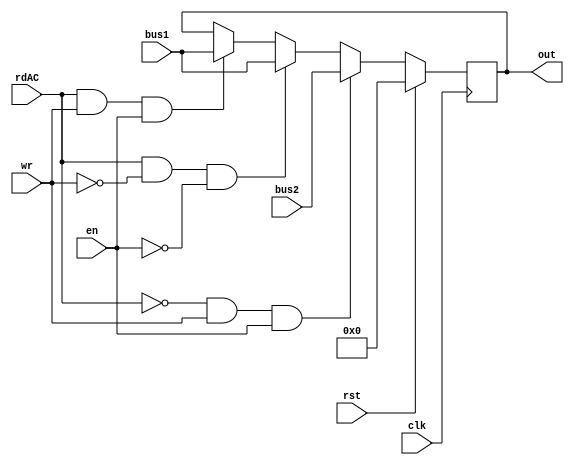
`timescale 1ns / 1ps
//////////////////////////////////////////////////////////////////////////////////
// Company: 
// Engineer: 
// 
// Design Name: 
// Module Name:    Rb 
// Project Name: 
// Target Devices: 
// Tool versions: 
// Description: 
//
// Dependencies: 
//
// Revision: 
// Revision 0.01 - File Created
// Additional Comments: 
//
//////////////////////////////////////////////////////////////////////////////////
module Rb(rdAC,wr,rst,en,clk,bus1,bus2,out
    );
input wr,en,rst,rdAC;
input clk;
input [7:0] bus1;
input [7:0] bus2;
output [7:0] out;
reg [7:0] out=8'b0; 
always @ (negedge clk) begin
	if (rst) 
	out <= 8'b0;
	
	else if (!rdAC & wr & en) //when moving B to Y or using as an operand
	out <= bus2;

	else if (rdAC & !wr & !en) //when storing the result of an operation
	out <= bus1;
	
	else if (rdAC & wr & en) //when moving Y to B
	out <= bus1;

	end
endmodule